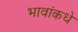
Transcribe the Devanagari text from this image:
भावांकधे